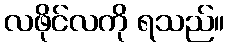
လဖိုင်လကို ရသည်။